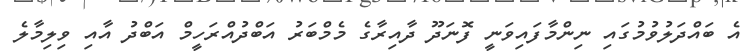
އެ ބައްދަލުވުމުގައި ނިންމާފައިވަނީ ފޮނަދޫ ދާއިރާގެ މެމްބަރު އަބްދުއްރަހީމް އަބްދު އާއި ވިލިމާލެ